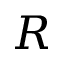
R